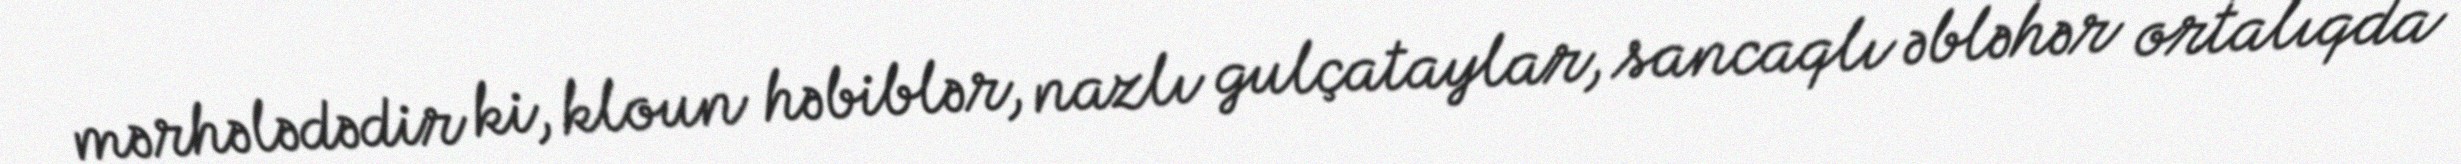
mərhələdədir ki, kloun həbiblər, nazlı gulçataylar, sancaqlı əbləhər ortalıqda